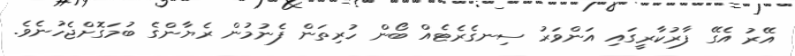
އޭރު އެގޭ ފާރުކާރީގައި އަންވަރު ސިނގެރެޓެއް ބޯން ހުރިތަން ފެނުމުން ރެޔާންގެ ބުމަގޮށްޖެހުނެވެ.